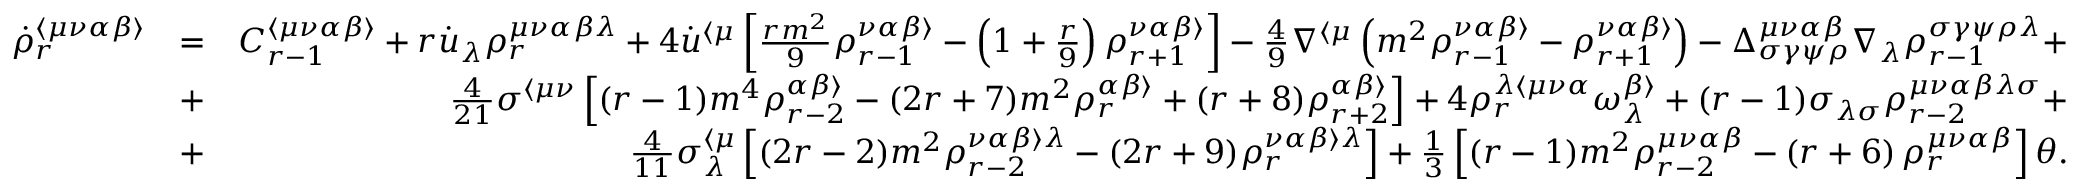
\begin{array} { r l r } { \dot { \rho } _ { r } ^ { \langle \mu \nu \alpha \beta \rangle } } & { = } & { C _ { r - 1 } ^ { \langle \mu \nu \alpha \beta \rangle } + r \dot { u } _ { \lambda } \rho _ { r } ^ { \mu \nu \alpha \beta \lambda } + 4 \dot { u } ^ { \langle \mu } \left[ \frac { r m ^ { 2 } } { 9 } \rho _ { r - 1 } ^ { \nu \alpha \beta \rangle } - \left( 1 + \frac { r } { 9 } \right) \rho _ { r + 1 } ^ { \nu \alpha \beta \rangle } \right] - \frac { 4 } { 9 } \nabla ^ { \langle \mu } \left( m ^ { 2 } \rho _ { r - 1 } ^ { \nu \alpha \beta \rangle } - \rho _ { r + 1 } ^ { \nu \alpha \beta \rangle } \right) - \Delta _ { \sigma \gamma \psi \rho } ^ { \mu \nu \alpha \beta } \nabla _ { \lambda } \rho _ { r - 1 } ^ { \sigma \gamma \psi \rho \lambda } + } \\ & { + } & { \frac { 4 } { 2 1 } \sigma ^ { \langle \mu \nu } \left[ ( r - 1 ) m ^ { 4 } \rho _ { r - 2 } ^ { \alpha \beta \rangle } - ( 2 r + 7 ) m ^ { 2 } \rho _ { r } ^ { \alpha \beta \rangle } + ( r + 8 ) \rho _ { r + 2 } ^ { \alpha \beta \rangle } \right] + 4 \rho _ { r } ^ { \lambda \langle \mu \nu \alpha } \omega ^ { \beta \rangle } _ { \lambda } + ( r - 1 ) \sigma _ { \lambda \sigma } \rho _ { r - 2 } ^ { \mu \nu \alpha \beta \lambda \sigma } + } \\ & { + } & { \frac { 4 } { 1 1 } \sigma _ { \lambda } ^ { \langle \mu } \left[ ( 2 r - 2 ) m ^ { 2 } \rho _ { r - 2 } ^ { \nu \alpha \beta \rangle \lambda } - ( 2 r + 9 ) \rho _ { r } ^ { \nu \alpha \beta \rangle \lambda } \right] + \frac { 1 } { 3 } \left[ ( r - 1 ) m ^ { 2 } \rho _ { r - 2 } ^ { \mu \nu \alpha \beta } - \left( r + 6 \right) \rho _ { r } ^ { \mu \nu \alpha \beta } \right] \theta . } \end{array}